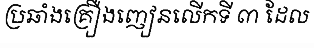
ប្រឆាំងគ្រឿងញៀនលើកទី ៣ ដែល